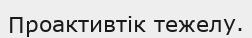
Проактивтік тежелу.